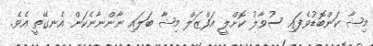
މިޝާ ކަންބޮޑުވެފައި ސުވާލު ކޮށްލީ އަފްޒަލް މިޝާ ބަލައި ނާންނާނެކަން އެނގޭތީ އެވެ.